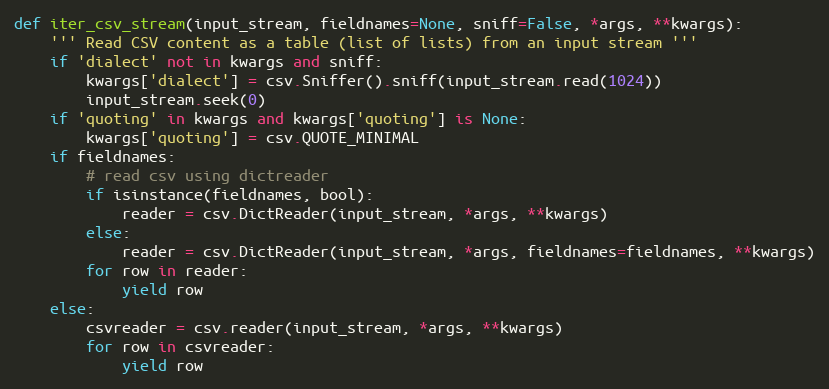
Language: Python
def iter_csv_stream(input_stream, fieldnames=None, sniff=False, *args, **kwargs):
    ''' Read CSV content as a table (list of lists) from an input stream '''
    if 'dialect' not in kwargs and sniff:
        kwargs['dialect'] = csv.Sniffer().sniff(input_stream.read(1024))
        input_stream.seek(0)
    if 'quoting' in kwargs and kwargs['quoting'] is None:
        kwargs['quoting'] = csv.QUOTE_MINIMAL
    if fieldnames:
        # read csv using dictreader
        if isinstance(fieldnames, bool):
            reader = csv.DictReader(input_stream, *args, **kwargs)
        else:
            reader = csv.DictReader(input_stream, *args, fieldnames=fieldnames, **kwargs)
        for row in reader:
            yield row
    else:
        csvreader = csv.reader(input_stream, *args, **kwargs)
        for row in csvreader:
            yield row